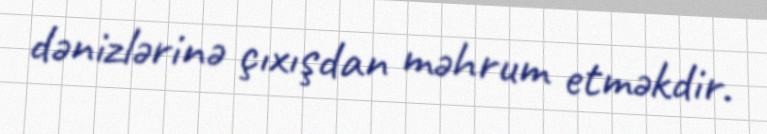
dənizlərinə çıxışdan məhrum etməkdir.